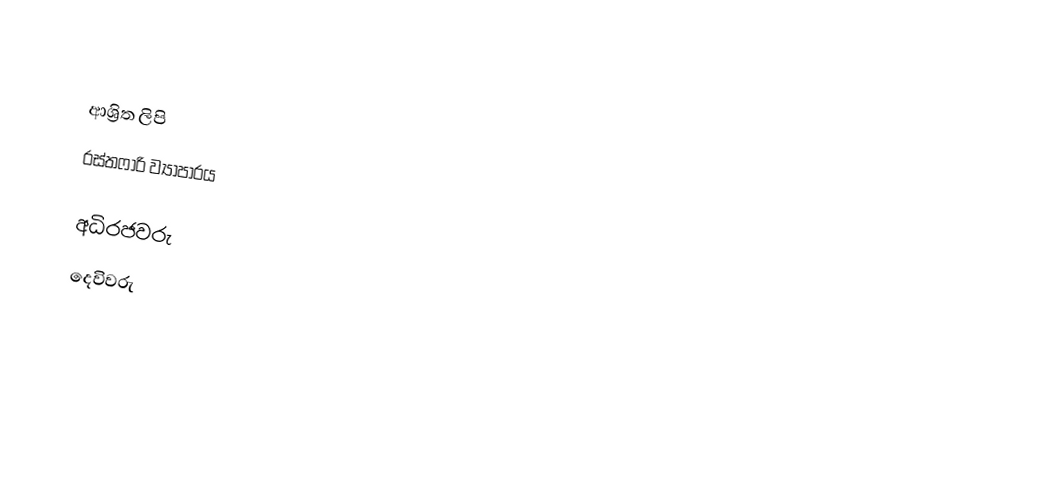

ආශ්‍රිත ලිපි
 රස්තෆාරි ව්‍යාපාරය

අධිරජවරු
දෙවිවරු